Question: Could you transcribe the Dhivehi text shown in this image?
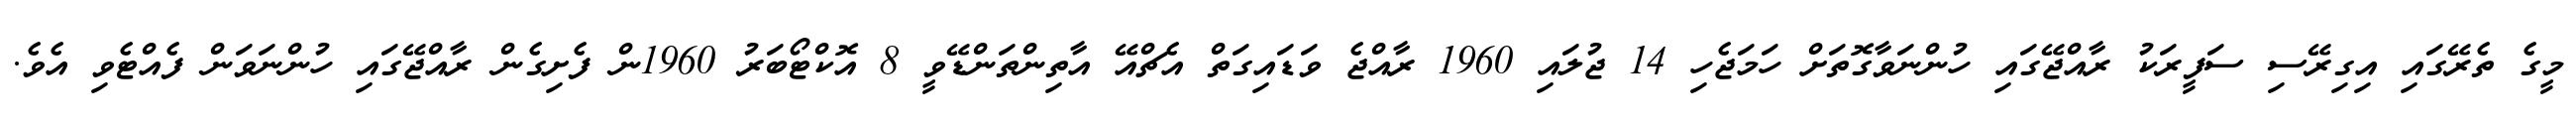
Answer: މީގެ ތެރޭގައި އިގިރޭސި ސަފީރަކު ރާއްޖޭގައި ހުންނަވާގޮތަށް ހަމަޖެހި 14 ޖުލައި 1960 ރާއްޖެ ވަޑައިގަތް އެޗްއޭ އާތިންތަންޑޭވީ 8 އޮކްޓޯބަރު 1960ން ފެށިގެން ރާއްޖޭގައި ހުންނަވަން ފެއްޓެވި އެވެ.